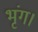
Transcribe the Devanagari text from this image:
भृंग।